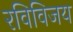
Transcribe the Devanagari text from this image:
रविविजय